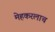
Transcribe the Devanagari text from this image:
मेहकरलाच